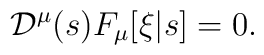
{\cal D}^\mu(s) F_\mu[\xi|s] = 0.